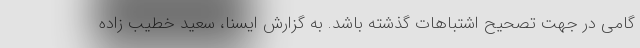
گامی در جهت تصحیح اشتباهات گذشته باشد. به گزارش ایسنا، سعید خطیب زاده